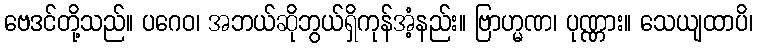
ဗေဒင်တို့သည်။ ပဂေဝ၊ အဘယ်ဆိုဘွယ်ရှိကုန်အံ့နည်း။ ဗြာဟ္မဏ၊ ပုဏ္ဏား။ သေယျထာပိ၊